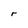
Character: r